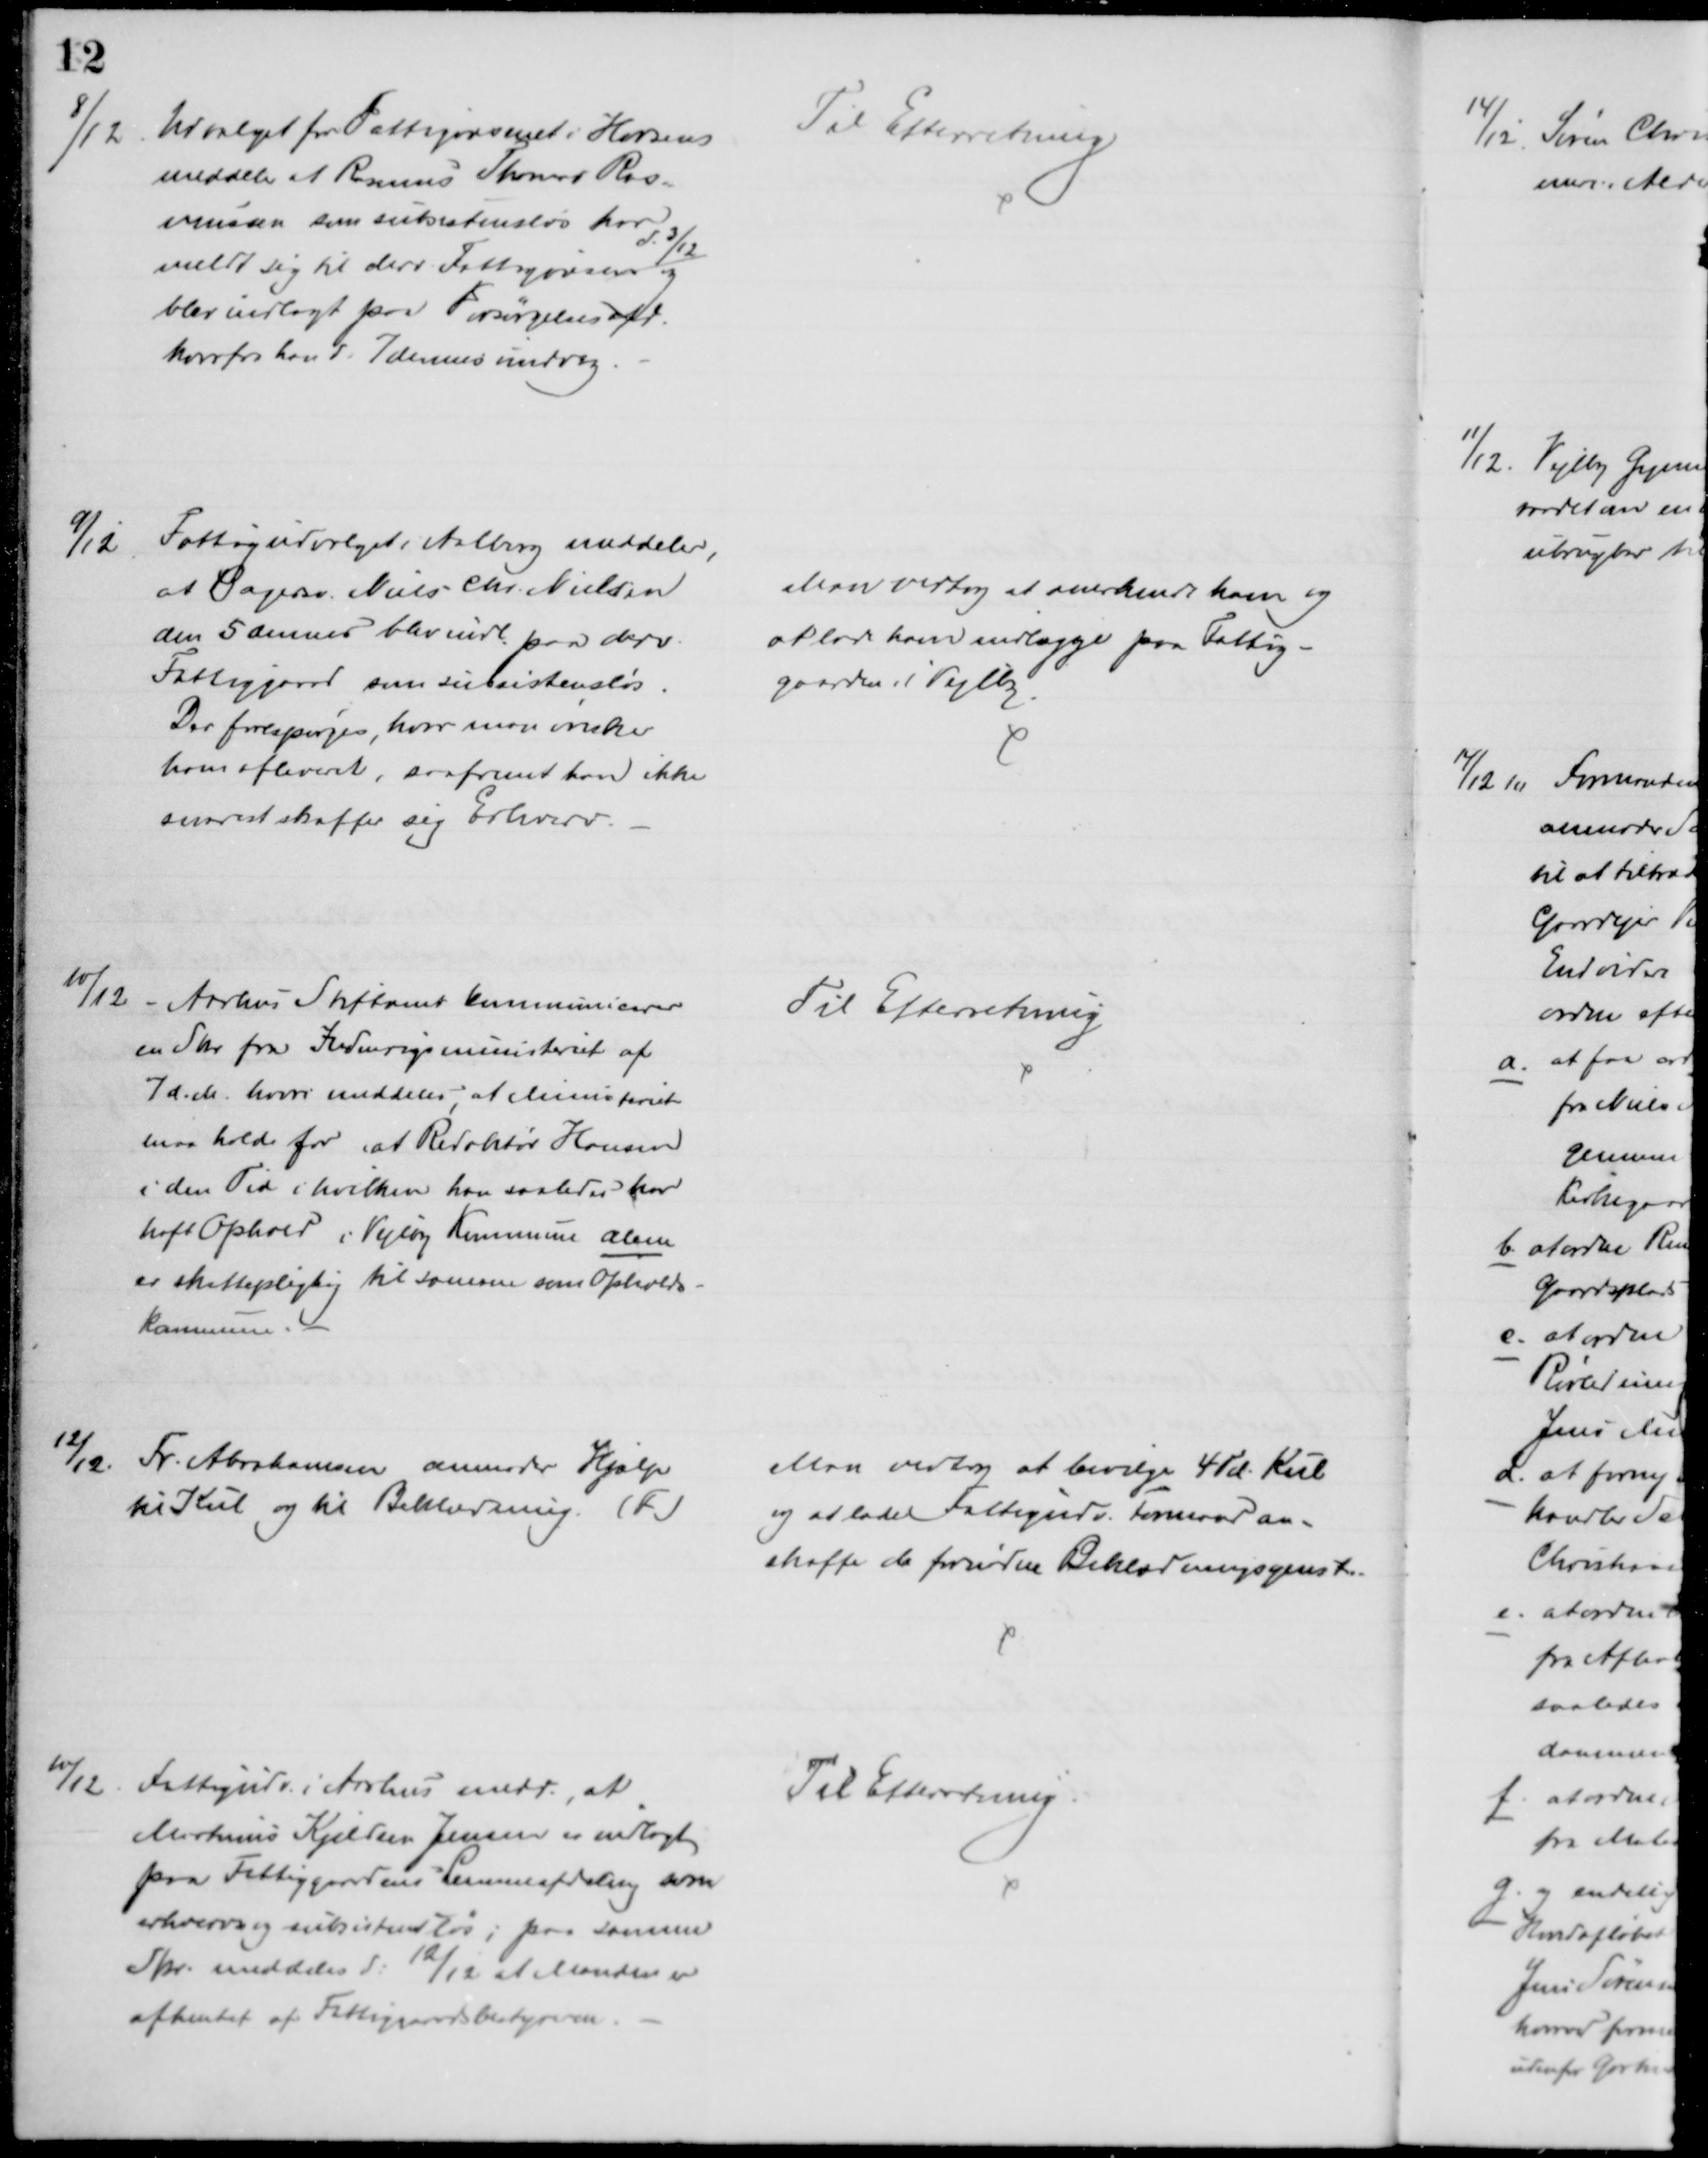
Transskription:
8/12
Udvalget for Fattigvæsenet i Horsens
meddeler at Rasmus Thomas Ras=
mussen som subsistensløs har
meldt sig til deres Fattigvæsen 
d. 3/12
og
blev indlagt paa Forsørgelsesafd.
hvorfra han d. 7 dennes undveg.
Til Efterretning
9/12
Fattigudvalget i Aalborg meddeler,
at Bagersv. Niels Chr. Nielsen
den 5 dennes blev indl. paa derv.
Fattiggaard som subsistensløs.
Der forespørges hvor man ønsker
ham afleveret, saafremt han ikke
snarest skaffer sig Erhverv.
Man vedtog at anerkende ham og
at lade ham indlægge paa Fattig-
gaarden i Vejlby
10/12
Aarhus Stiftamt kommunicerer
en Skr fra Indenrigsministeriet af
7 d. A., hvori meddeles, at Ministeriet
maa holde for at Redaktør Hansen
i den Tid i hvilken han saaledes har
haft Ophold i Vejlby Kommune alene
er skattepligtig til samme som Opholds-
kommune.
Til Efterretning
12/12
Fr. Abrahamsen anmoder Hjælp
til Kul og til Beklædning. (F)
Man vedtog at bevilge 4 Td. Kul
og at lade Fattigudv. Formand an-
skaffe de fornødne Beklædningsgenst.
10/12
Fattigudv. i Aarhus medd., at
Martinus Kjeldsen Jensen er indlagt
paa Fattiggaardens Lemmeafdeling som
erhvervs og subsistensløs; paa samme
Skr. meddeles d. 12/12 at Manden er
afhentet af Fattiggaardsbestyreren.
Til Efterretning.